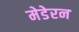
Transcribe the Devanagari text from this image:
मेडेरन